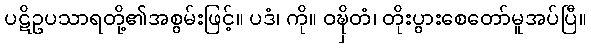
ပဋိဥပသာရတို့၏အစွမ်းဖြင့်။ ပဒံ၊ ကို။ ဝဍ္ဎှိတံ၊ တိုးပွားစေတော်မူအပ်ပြီ။